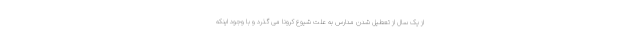
از یک سال از تعطیل شدن مدارس به علت شیوع کرونا می گذرد و با وجود اینکه